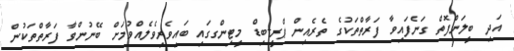
އަދި ބީލަންފޮތް ގަނެފައިވާ ފަރާތްތަކުގެ ތެރެއިން ޕްރީ-ބިޑް މީޓިންގގައި ބައިވެރިވެލެއްވުމަށް ބޭނުންވާ ފަރާތްތަކުން